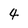
Character: 4